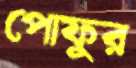
পোফুর